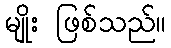
မျိုး ဖြစ်သည်။